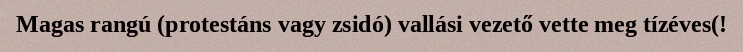
Magas rangú (protestáns vagy zsidó) vallási vezető vette meg tízéves(!